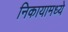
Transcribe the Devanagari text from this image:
निकायामध्ये